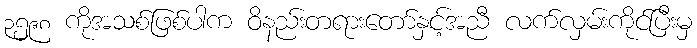
၃၅၉၈ ကိုအသစ်ဖြစ်ပါက ဝိနည်းတရားတော်နှင့်အညီ လက်လှမ်းကိုင်ပြီးမှ